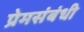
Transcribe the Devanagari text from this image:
प्रेमसंबंधी